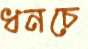
ধনচে